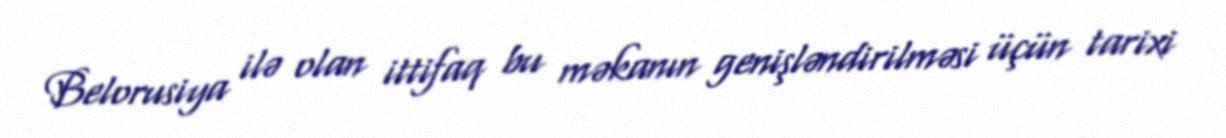
Belorusiya ilə olan ittifaq bu məkanın genişləndirilməsi üçün tarixi